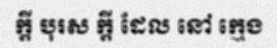
ក្តី បុរស ក្តី ដែល នៅ ក្មេង